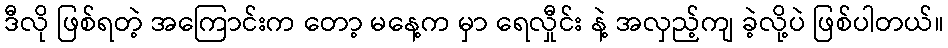
ဒီလို ဖြစ်ရတဲ့ အကြောင်းက တော့ မနေ့က မှာ ရေလှီုင်း နဲ့ အလှည့်ကျ ခဲ့လို့ပဲ ဖြစ်ပါတယ်။